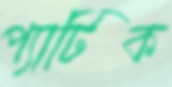
প্যাটিক